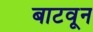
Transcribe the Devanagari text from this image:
बाटवून